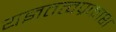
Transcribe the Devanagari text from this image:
यज्ञतत्वप्रकाश